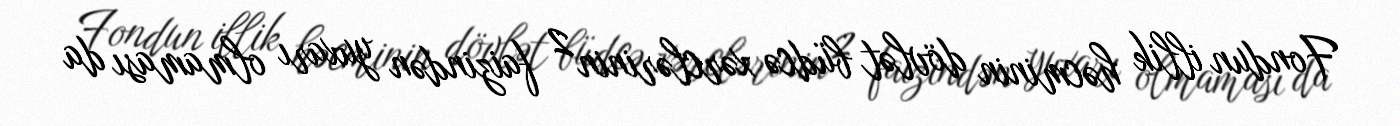
Fondun illik həcminin dövlət büdcə xərclərinin 2 faizindən yuxarı olmaması da